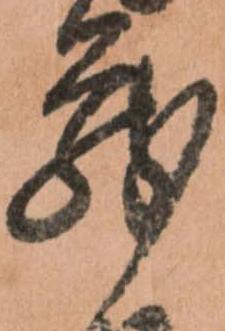
蔵